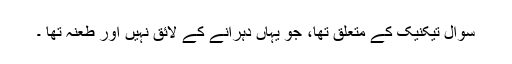
سوال تیکنیک کے متعلق تھا، جو یہاں دہرانے کے لائق نہیں اور طعنہ تھا ۔